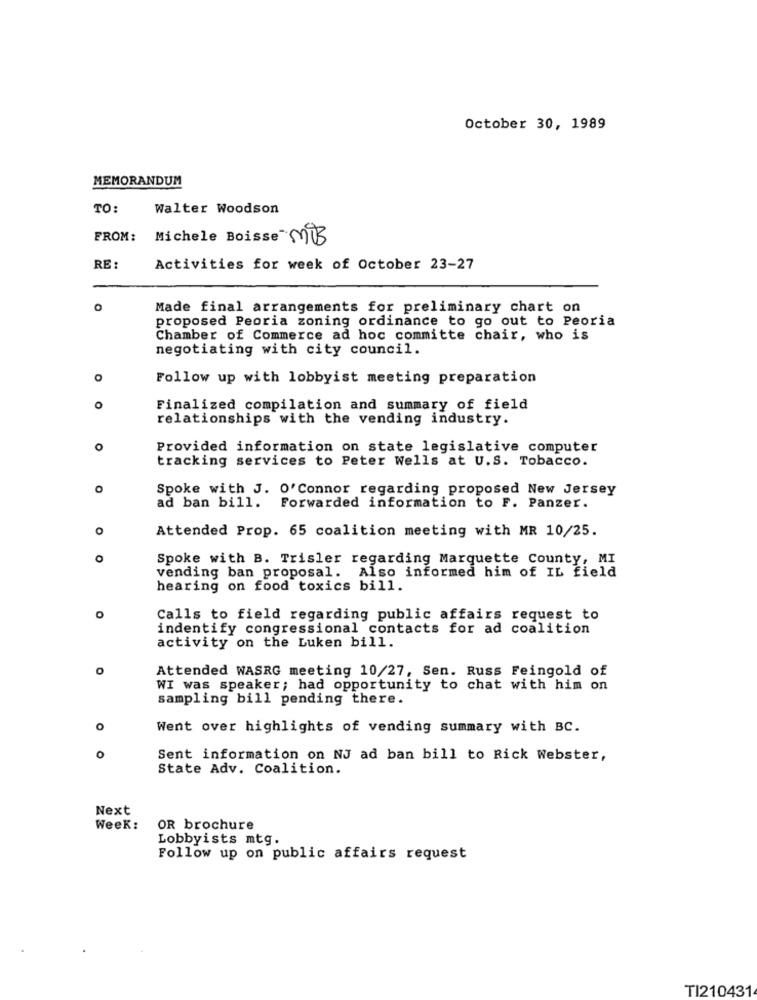
October 30, 1989
MEMORANDUM
TO:
Walter Woodson
FROM: Michele Boisse MB
RE:
Activities for week of October 23-27
o
Made final arrangements for preliminary chart on
proposed Peoria zoning ordinance to go out to Peoria
Chamber of Commerce ad hoc committe chair, who is
negotiating with city council.
Follow up with lobbyist meeting preparation
Finalized compilation and summary of field
relationships with the vending industry.
o
Provided information on state legislative computer
tracking services to Peter Wells at U.S. Tobacco.
O
Spoke with J. O'Connor regarding proposed New Jersey
ad ban bill. Forwarded information to F. Panzer.
O
Attended Prop. 65 coalition meeting with MR 10/25.
Spoke with B. Trisler regarding Marquette County, MI
vending ban proposal. Also informed him of IL field
hearing on food toxics bill.
Calls to field regarding public affairs request to
indentify congressional contacts for ad coalition
activity on the Luken bill.
Attended WASRG meeting 10/27, Sen. Russ Feingold of
WI was speaker; had opportunity to chat with him on
sampling bill pending there.
O
Went over highlights of vending summary with BC.
O
Sent information on NJ ad ban bill to Rick Webster,
State Adv. Coalition.
Next
Week:
OR brochure
Lobbyists mtg.
Follow up on public affairs request
TI210431